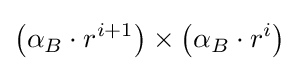
\left(\alpha _{B}\cdot r^{i+1}\right)\times \left(\alpha _{B}\cdot r^{i}\right)